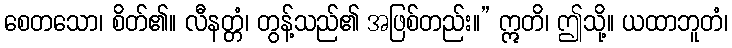
စေတသော၊ စိတ်၏။ လီနတ္တံ၊ တွန့်သည်၏ အဖြစ်တည်း။” ဣတိ၊ ဤသို့။ ယထာဘူတံ၊